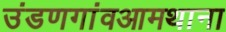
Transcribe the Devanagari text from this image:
उंडणगांवआमथाना